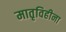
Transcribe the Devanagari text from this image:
मातृविहीना